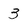
Character: 3